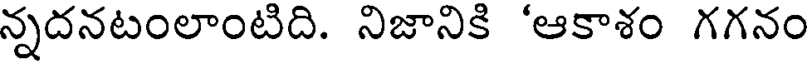
న్నదనటంలాంటిది. నిజానికి 'ఆకాశం గగనం